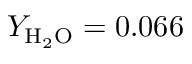
Y _ { \mathrm { H _ { 2 } O } } = 0 . 0 6 6